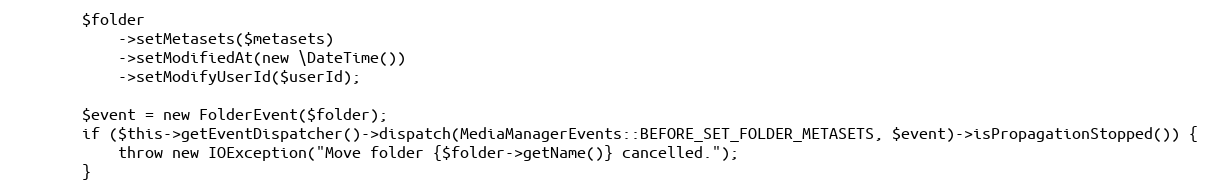
Language: PHP
        $folder
            ->setMetasets($metasets)
            ->setModifiedAt(new \DateTime())
            ->setModifyUserId($userId);

        $event = new FolderEvent($folder);
        if ($this->getEventDispatcher()->dispatch(MediaManagerEvents::BEFORE_SET_FOLDER_METASETS, $event)->isPropagationStopped()) {
            throw new IOException("Move folder {$folder->getName()} cancelled.");
        }